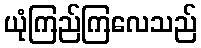
ယုံကြည်ကြလေသည်